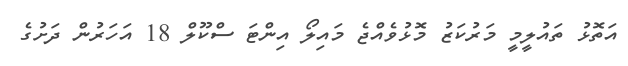
އަތޮޅު ތައުލީމީ މަރުކަޒު މޮޅުވެއްޖެ މައިލޯ އިންޓަ ސްކޫލް 18 އަހަރުން ދަށުގެ